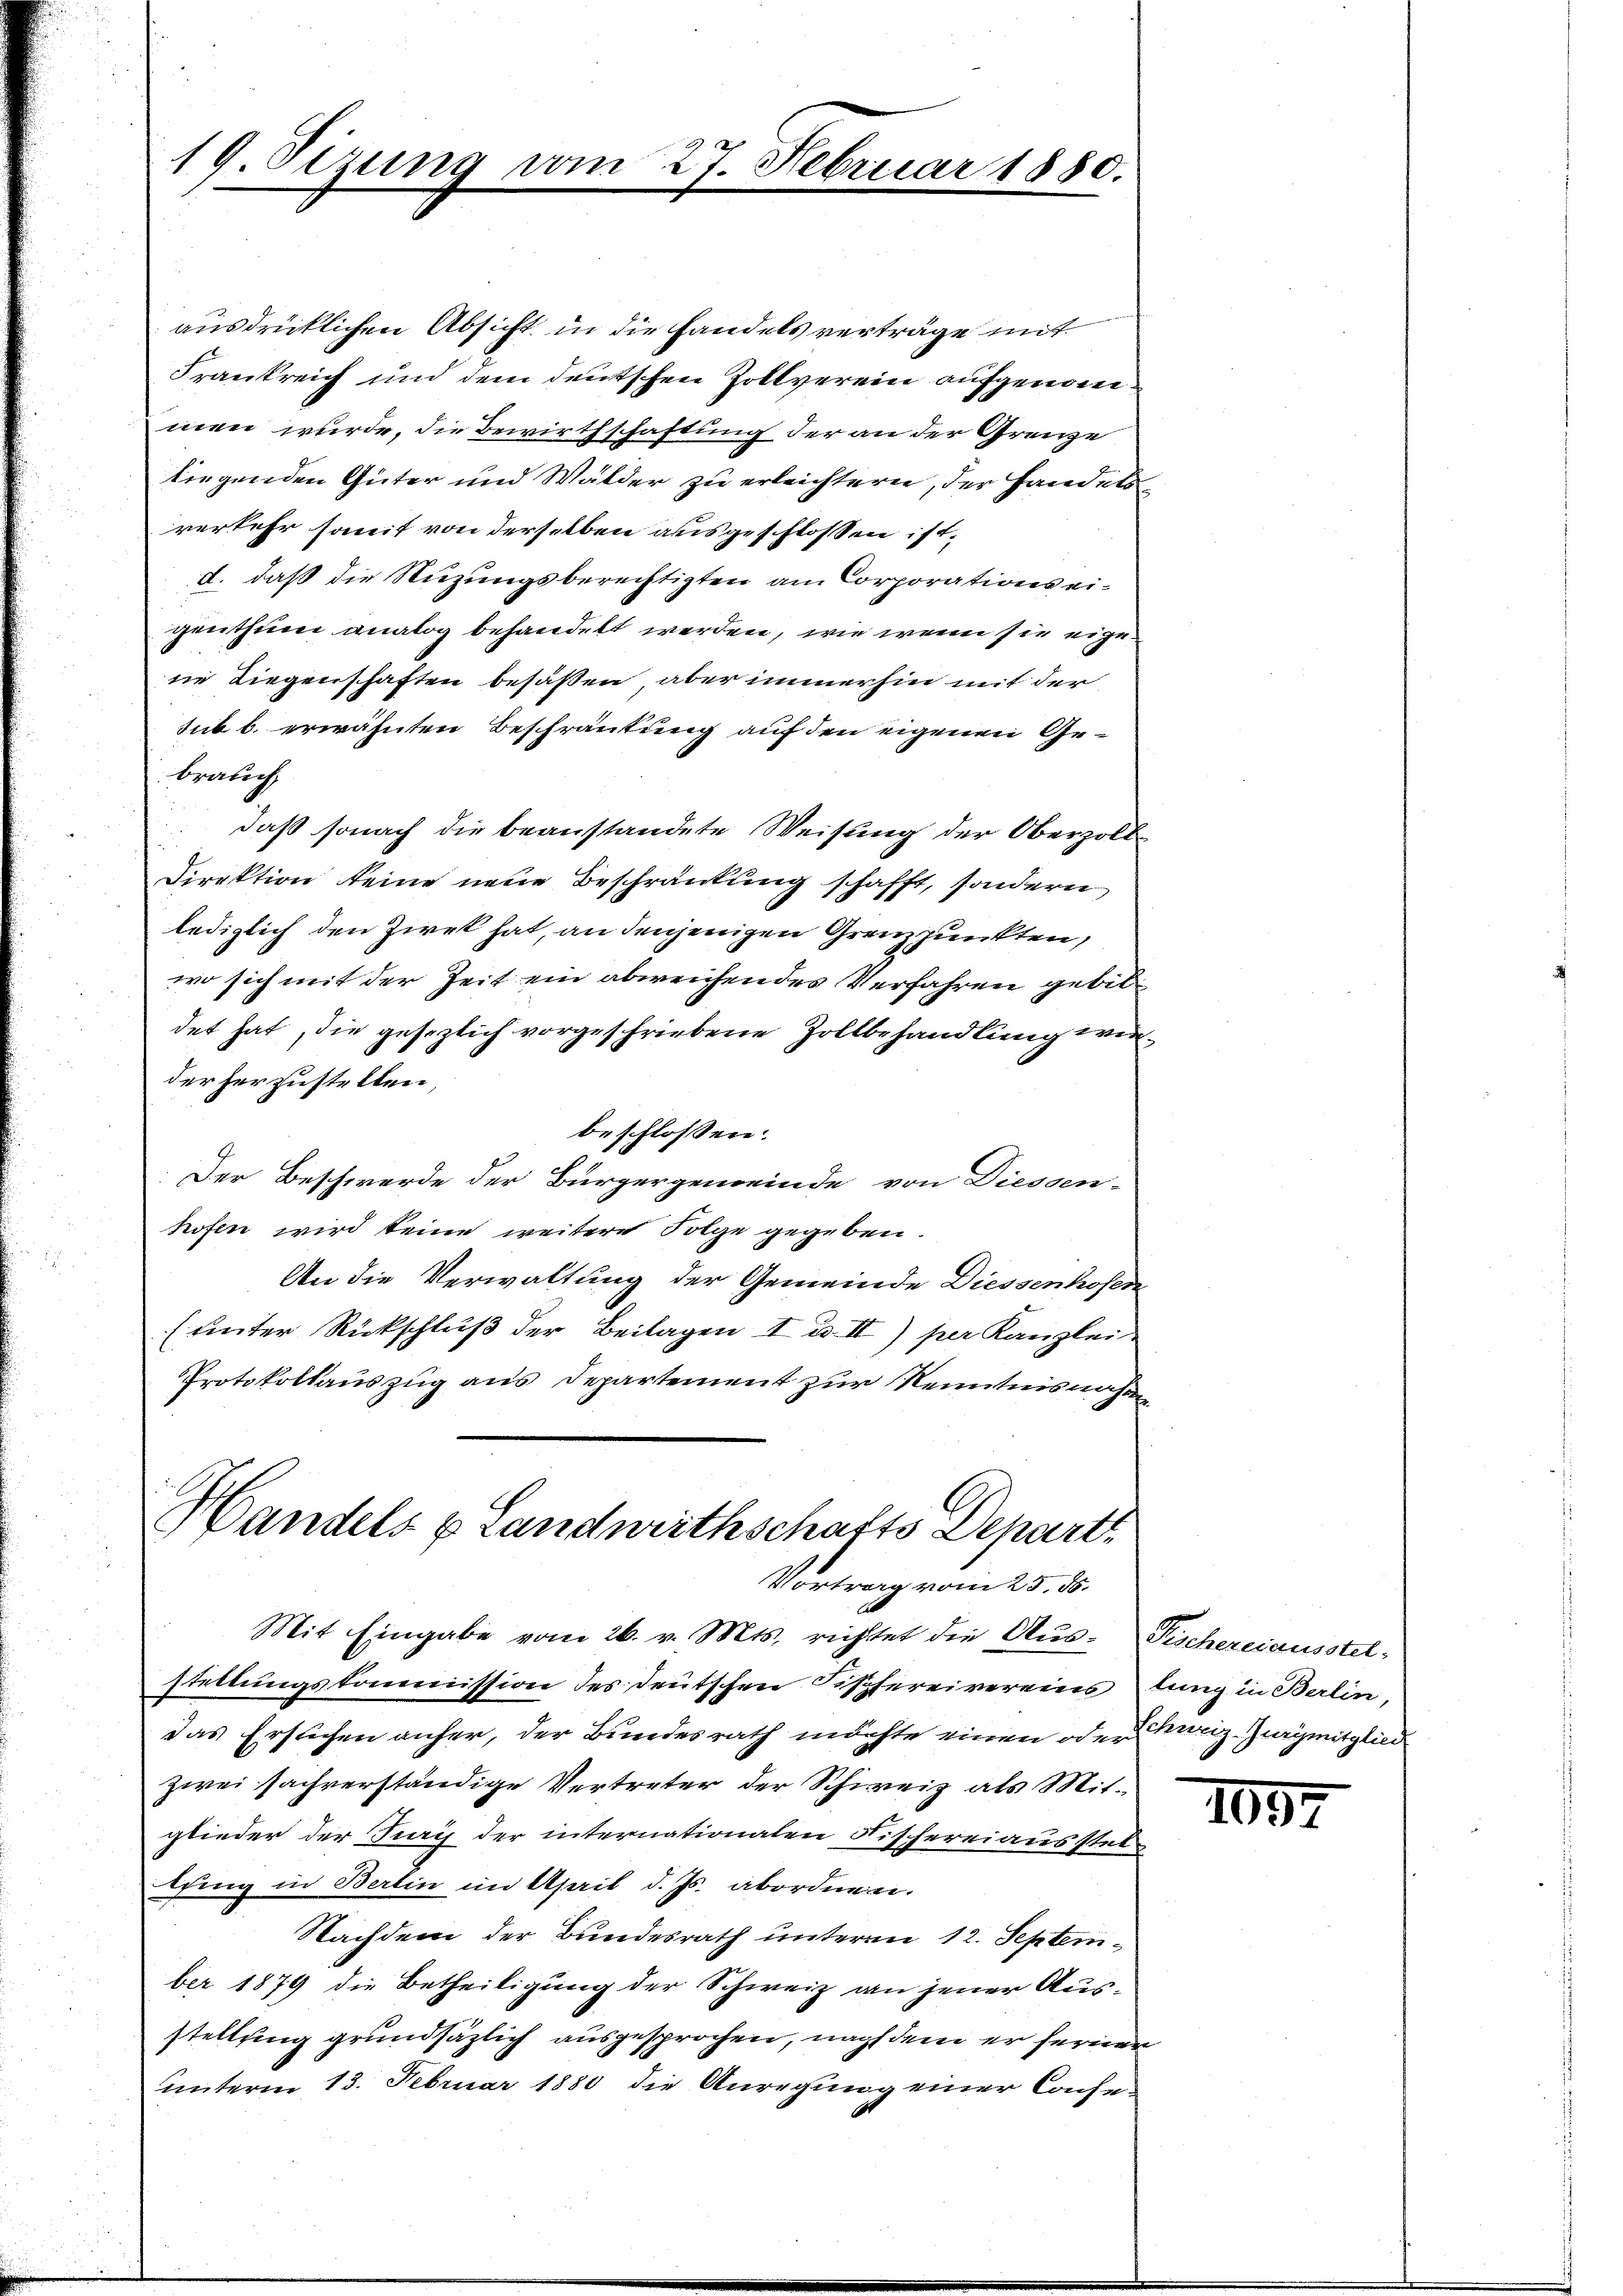
19. Sizung vom 27. Februar 1880.

ausdrücklichen Absicht in die Handels verträge mit
Frankreich und dem deutschen Zollverein aufgenommen wurde, die Bewirthschaftung der an der Grenze
liegenden Güter und Wälder zu erleichtern, der Handels
verkehr samt von derselben ausgeschlossen ist,
d. daß die Nuzungsberechtigten am Corporations eigenthum analog behandelt werden, wie wenn sie eigene Liegenschaften besaßen, aber immerhin mit der
sub b. erwähnten Beschränkung auf den eigenen Gebrauch
daß sonach die beanstandete Weisung der Oberzoll-
Direktion keine neue Beschränkung schafft, sondern
lediglich den Ziek hat, an denjenigen Grenzpunkten,
wo sich mit der Zeit ein abweichendes Verfahren gebildet hat, die gesezlich vorgeschriebene Zollbehandlung wieder herzustellen,
beschlossen:
Der Beschwerde der Bürgergemeinde von Diessen-
hofen wird keine weitere Folge gegeben.
An die Verwaltung der Gemeinde Diessenhofen
(unter Rückschluß der Beilagen I u. II) per Kanzlei
Protokollauszug aus Departement zur Kenntnisnahm
Handels & Landwirthschafts Depart

Vortrag vom 23. 50.

Mit Eingabe vom 26. v. Mts. richtet die Aus- Fischereiausstel-
stellungskommission des deutschen Fischereivereinstung in Berlin,
das Ersuchen anfer, der Bundesrath möchte einen oder Kurz-Jurymitglied
zwei sachverständige Vertreter der Schweiz als Mitglieder der Juris der internationalen Fischereiausstatlfing in Berlin im April d. Js. abordnen.
Nachdem der Bundesrath unteren 12. September 1879 die Betheiligung der Schweiz an jener Ausstellung grundsäzlich ausgesprochen, nachs dem er fernen
unterm 13. Februar 1880 die Anregung einer Conse-

1057.